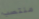
منتصب